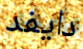
دايفد